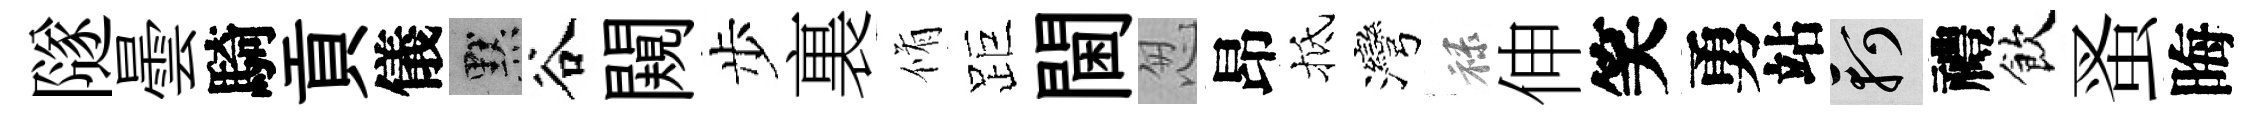
隧曇騎貢儀默谷闚步裏脩距閫怱昂抵灣禄伸笑勇站軻禮飲蚤晦